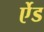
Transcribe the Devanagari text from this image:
र्एेड